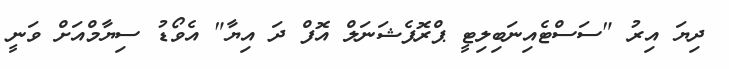
ދިޔަ އިރު "ސަސްޓެއިނަބިލިޓީ ޕްރޮފެޝަނަލް އޮފް ދަ އިޔާ" އެވޯޑު ސިޔާމްއަށް ވަނީ